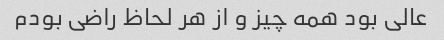
عالی بود همه چیز و از هر لحاظ راضی بودم